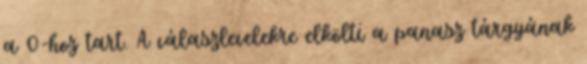
a 0-hoz tart. A válaszlevelekre elkölti a panasz tárgyának